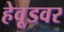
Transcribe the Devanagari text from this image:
हेवूडवर